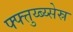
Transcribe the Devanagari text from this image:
फ्फ्त्तुय्ब्य्सेस्र